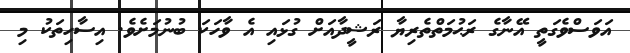
އަވަސްވެގަތީ އޭނާގެ ރަޙުމަތްތެރިޔާ ރަޝީދާއަށް ގުޅައި އެ ވާހަކަ ބުނުމަށެވެ. އިސާހިތަކު މި